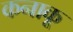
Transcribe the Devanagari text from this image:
कनाकू